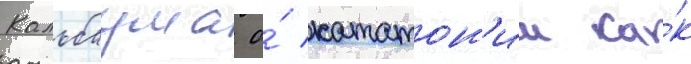
Кальбаума о́ кататон'ии ка́к